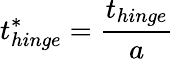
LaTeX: t_{hinge}^{*}=\frac{t_{hinge}}{a}